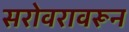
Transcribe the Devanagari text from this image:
सरोवरावरून